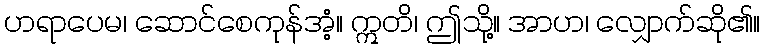
ဟရာပေမ၊ ဆောင်စေကုန်အံ့။ ဣတိ၊ ဤသို့။ အာဟ၊ လျှောက်ဆို၏။